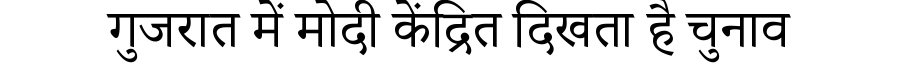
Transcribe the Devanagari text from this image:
गुजरात में मोदी केंद्रित दिखता है चुनाव